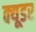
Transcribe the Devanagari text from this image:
क्यूडर